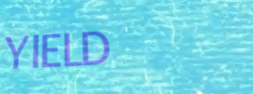
YIELD